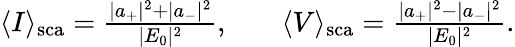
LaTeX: \begin{array}{rlr}{\langle I\rangle_{\mathrm{{sca}}}=\frac{|a_{+}|^{2}+|a_{-}|^{2}}{|E_{0}|^{2}},}&{{}}&{\langle V\rangle_{\mathrm{{sca}}}=\frac{|a_{+}|^{2}-|a_{-}|^{2}}{|E_{0}|^{2}}.}\end{array}